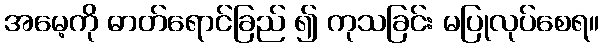
အမေ့ကို ဓာတ်ရောင်ခြည် ၍ ကုသခြင်း မပြုလုပ်စေရ။